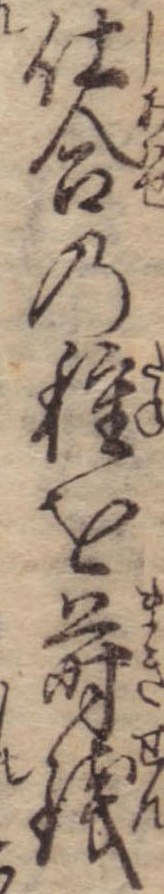
仕合の種を蒔銭